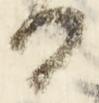
る